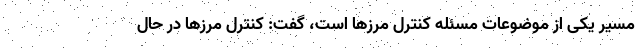
مسیر یکی از موضوعات مسئله کنترل مرزها است، گفت: کنترل مرزها در حال